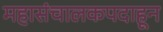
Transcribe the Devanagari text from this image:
महासंचालकपदाहून